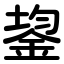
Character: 鋆